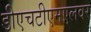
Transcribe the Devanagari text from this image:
डीएचटीएमएलवर